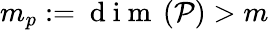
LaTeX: m_{p}:=\mathrm{~d~i~m~}\left(\mathcal{P}\right)>m